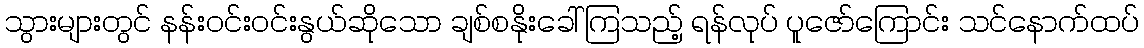
သွားများတွင် နန်းဝင်းဝင်းနွယ်ဆိုသော ချစ်စနိုးခေါ်ကြသည့် ရန်လုပ် ပူဇော်ကြောင်း သင်နောက်ထပ်